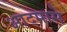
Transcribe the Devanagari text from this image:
आदमासे